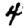
Digit: 4